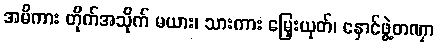
အမိကား တိုက်အသိုက် မယား၊ သားကား မြှေးယုတ်၊ နှောင်ဖွဲ့တဏှာ